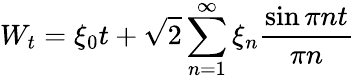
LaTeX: W_{t}=\xi_{0}t+{\sqrt{2}}\sum_{n=1}^{\infty}\xi_{n}{\frac{\sin\pi nt}{\pi n}}